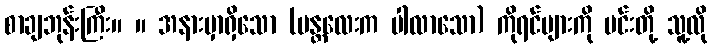
စာချဘုန်းကြီး။ ။ အနားမှာရှိသော (မန္တလေးက ပါလာသော) ကိုရင်များကို မင်းတို့ သူ့လို